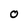
Character: O